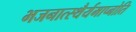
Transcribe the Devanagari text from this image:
भजनात्स्थैर्यमाप्नोति